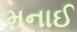
મનાઈ